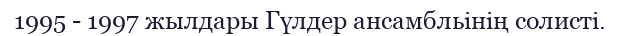
1995 - 1997 жылдары Гүлдер ансамбльінің солисті.